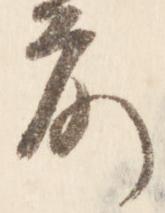
前